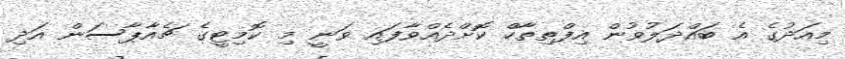
މިއަދުގެ އެ ބައްދަލުވުން އިފްތިތާހް ކޮށްދެއްވާފައި ވަނީ މި ކޮމިޓީގެ ޗެއާޕާސަން އަދި